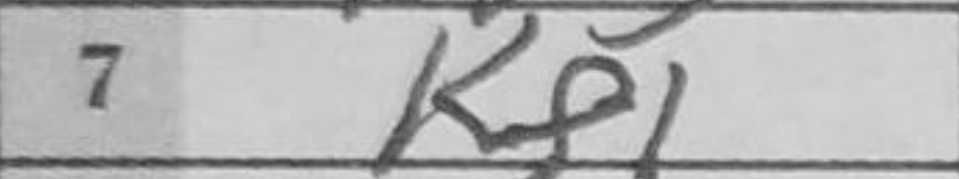
Transcription: Kf1